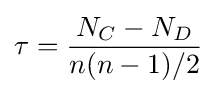
\tau ={\frac {N_{C}-N_{D}}{n(n-1)/2}}